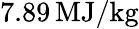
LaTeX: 7.89\, \mathrm{MJ/kg}